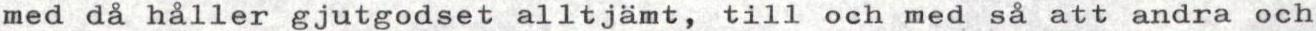
med då håller gjutgodset alltjämt, till och med så att andra och